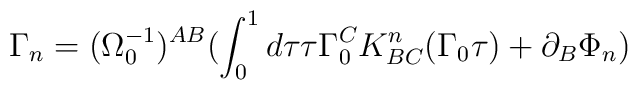
\Gamma_{n}=(\Omega_{0}^{-1})^{AB}(\int_{0}^{1}d\tau\tau\Gamma_{0}^{C}K^{n}_{BC}(\Gamma_{0}\tau)+\partial_{B}\Phi_{n})